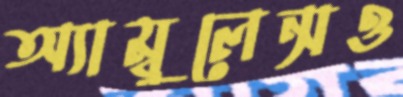
অ্যাম্বুলেন্সও